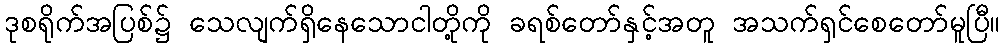
ဒုစရိုက်အပြစ်၌ သေလျက်ရှိနေသောငါတို့ကို ခရစ်တော်နှင့်အတူ အသက်ရှင်စေတော်မူပြီ။